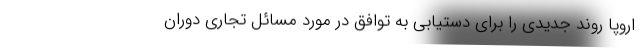
اروپا روند جدیدی را برای دستیابی به توافق در مورد مسائل تجاری دوران